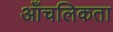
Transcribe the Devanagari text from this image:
आँचलिकता